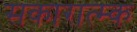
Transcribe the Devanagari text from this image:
सकारात्म्क